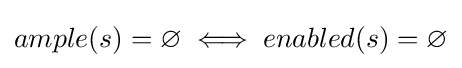
{ample(s)=\varnothing }\iff {enabled(s)=\varnothing }